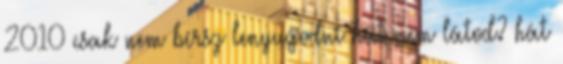
2010 csak nem bírsz lenyugodni hát nem látod? hát